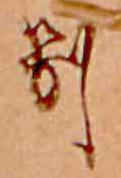
別